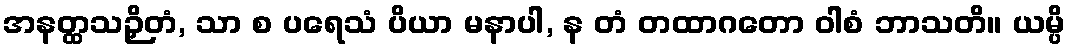
အနတ္ထသဉှိတံ, သာ စ ပရေသံ ပိယာ မနာပါ, န တံ တထာဂတော ဝါစံ ဘာသတိ။ ယမ္ပိ